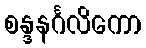
စန္ဒနင်္ဂလိကော